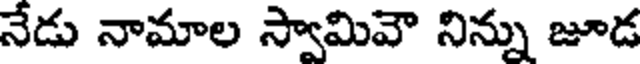
నేడు నామాల స్వామివౌ నిన్ను జూడ